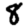
Digit: 8